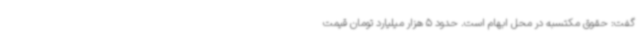
گفت: حقوق مکتسبه در محل ابهام است. حدود 5 هزار میلیارد تومان قیمت